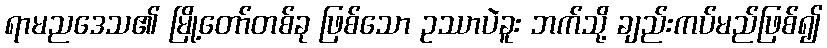
ရာမညဒေသ၏ မြို့တော်တစ်ခု ဖြစ်သော ဥဿာပဲခူး ဘက်သို့ ချည်းကပ်မည်ဖြစ်၍